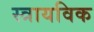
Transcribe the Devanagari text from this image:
स्त्रायविक